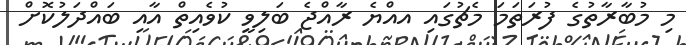
މި މުބާރާތުގެ ފުރަތަމަ މެޗުގައި އއްޔެ ރާއްޖެ ބަލިވީ ކުވެއިތް އާއި ބައްދަލުކޮށް